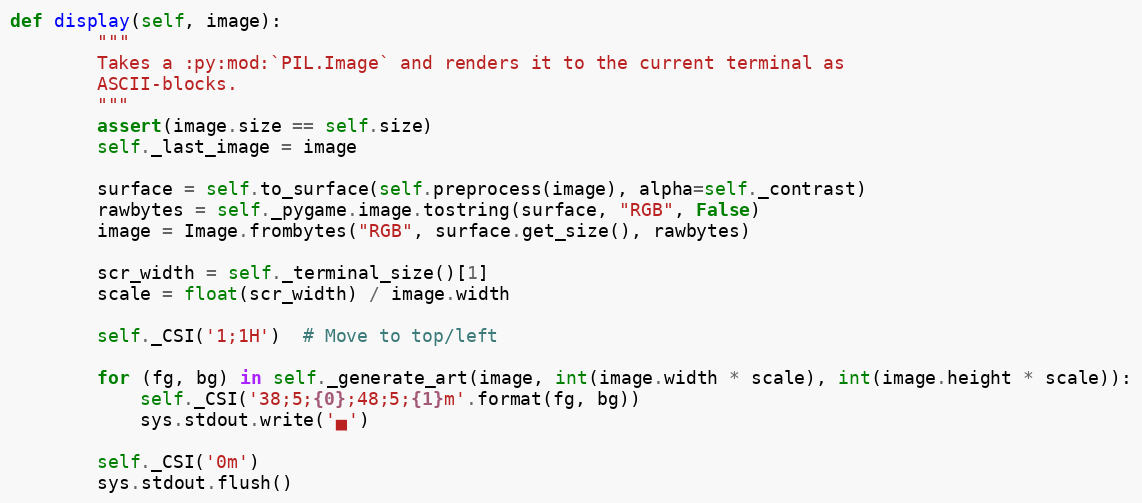
Language: Python
def display(self, image):
        """
        Takes a :py:mod:`PIL.Image` and renders it to the current terminal as
        ASCII-blocks.
        """
        assert(image.size == self.size)
        self._last_image = image

        surface = self.to_surface(self.preprocess(image), alpha=self._contrast)
        rawbytes = self._pygame.image.tostring(surface, "RGB", False)
        image = Image.frombytes("RGB", surface.get_size(), rawbytes)

        scr_width = self._terminal_size()[1]
        scale = float(scr_width) / image.width

        self._CSI('1;1H')  # Move to top/left

        for (fg, bg) in self._generate_art(image, int(image.width * scale), int(image.height * scale)):
            self._CSI('38;5;{0};48;5;{1}m'.format(fg, bg))
            sys.stdout.write('▄')

        self._CSI('0m')
        sys.stdout.flush()